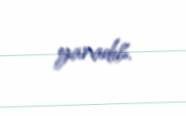
yaradıb.